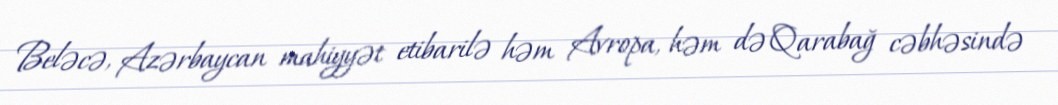
Beləcə, Azərbaycan mahiyyət etibarilə həm Avropa, həm də Qarabağ cəbhəsində